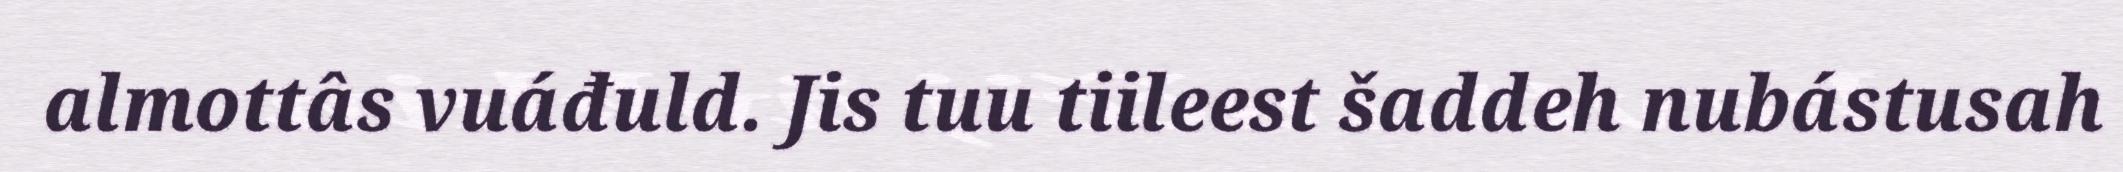
almottâs vuáđuld. Jis tuu tiileest šaddeh nubástusah